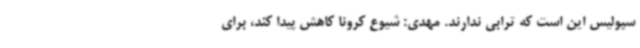
سپولیس این است که ترابی ندارند. مهدی: شیوع کرونا کاهش پیدا کند، برای